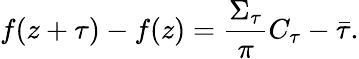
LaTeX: f(z+\tau)-f(z)=\frac{\Sigma_{\tau}}{\pi}C_{\tau}-\bar{\tau}.